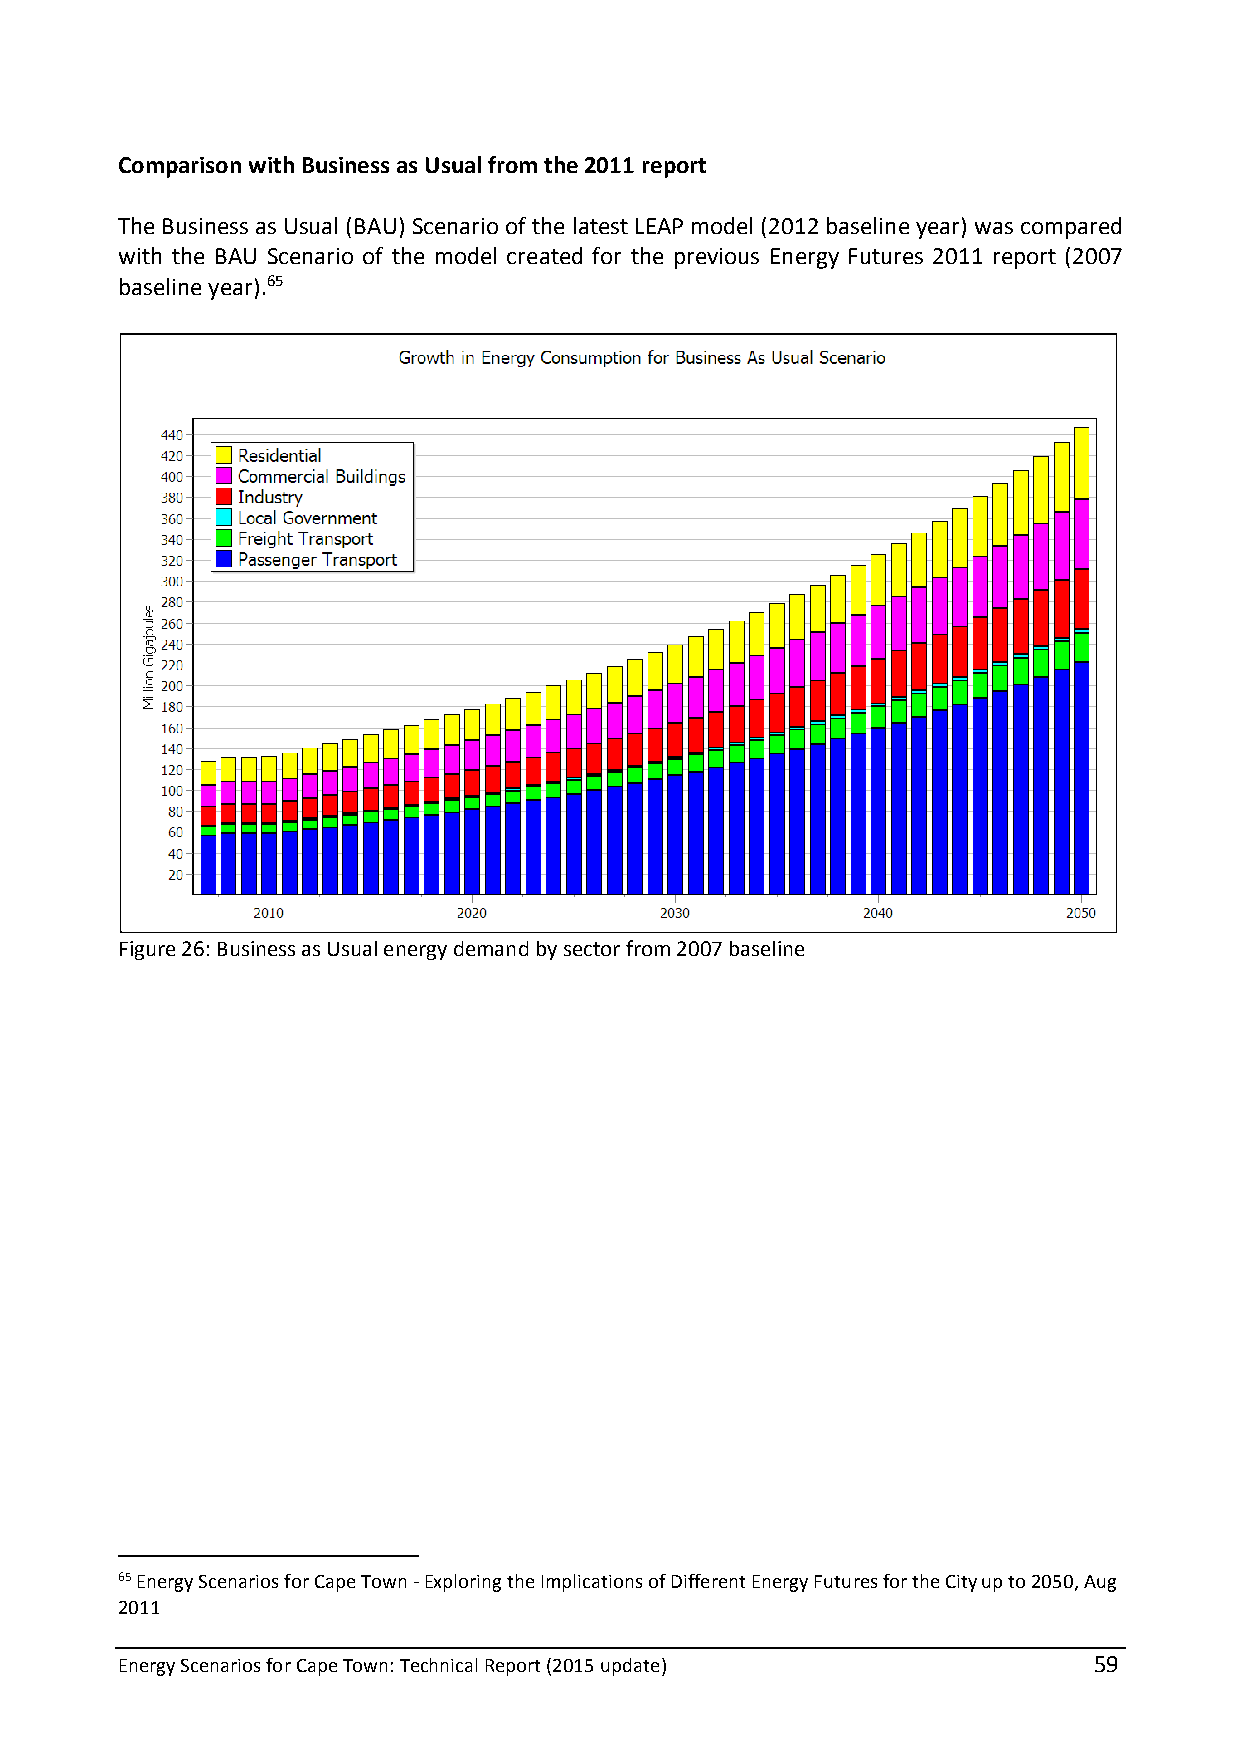
Comparison with Business as Usual from the 2011 report
 The Business as Usual (BAU) Scenario of the latest LEAP model (2012 baseline year) was compared
 with the BAU Scenario of the model created for the previous Energy Futures 2011 report (2007
 baseline year).65
 Figure 26: Business as Usual energy demand by sector from 2007 baseline
 65 Energy Scenarios for Cape Town - Exploring the Implications of Different Energy Futures for the City up to 2050, Aug
 2011
 Energy Scenarios for Cape Town: Technical Report (2015 update)  59